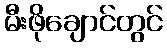
မီးဖိုချောင်တွင်